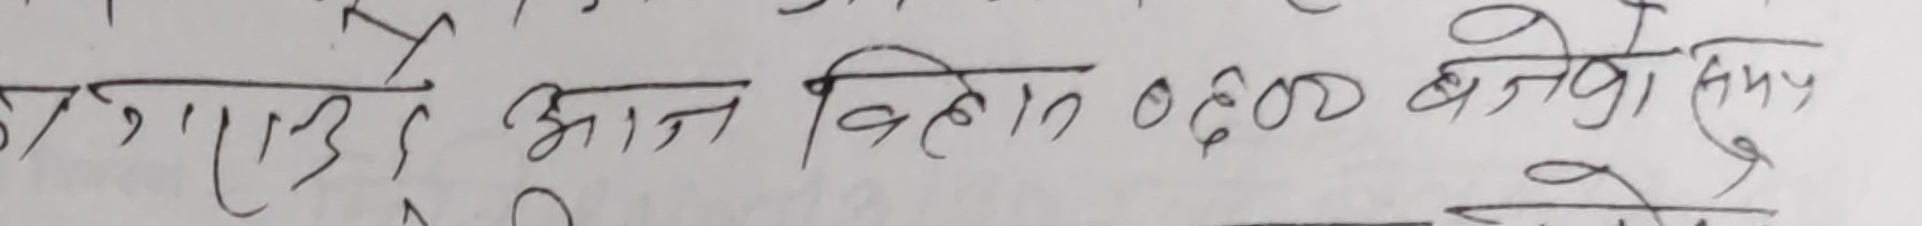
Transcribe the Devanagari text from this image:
उपाएपले आज विहान ०६.०० बजेको समय